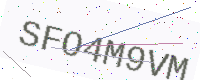
Text: SFO4M9VM